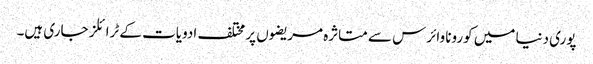
پوری دنیا میں کورونا وائرس سے متاثرہ مریضوں پر مختلف ادویات کے ٹرائلز جاری ہیں۔